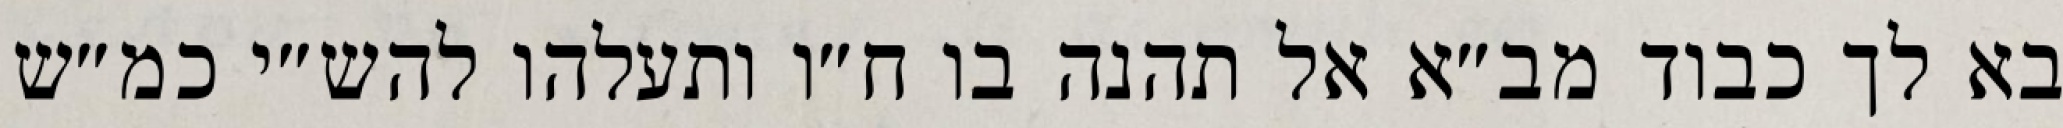
בא לך כבוד מב״א אל תהנה בו ח״ו ותעלהו להש״י כמ״ש